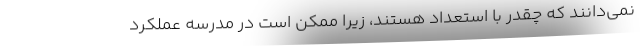
نمی‌دانند که چقدر با استعداد هستند، زیرا ممکن است در مدرسه عملکرد